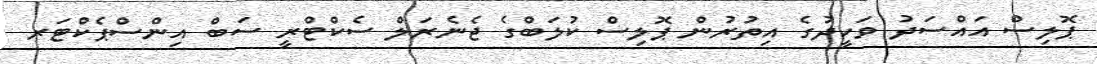
ޕޮލިސް އައްސަދު ވަހީދުގެ އިތުރުން ޕޮލިސް ކުލަބްގެ ޖެނެރަލް ސެކްޓްރީ ސަބް އިންސްޕެކްޓަރ